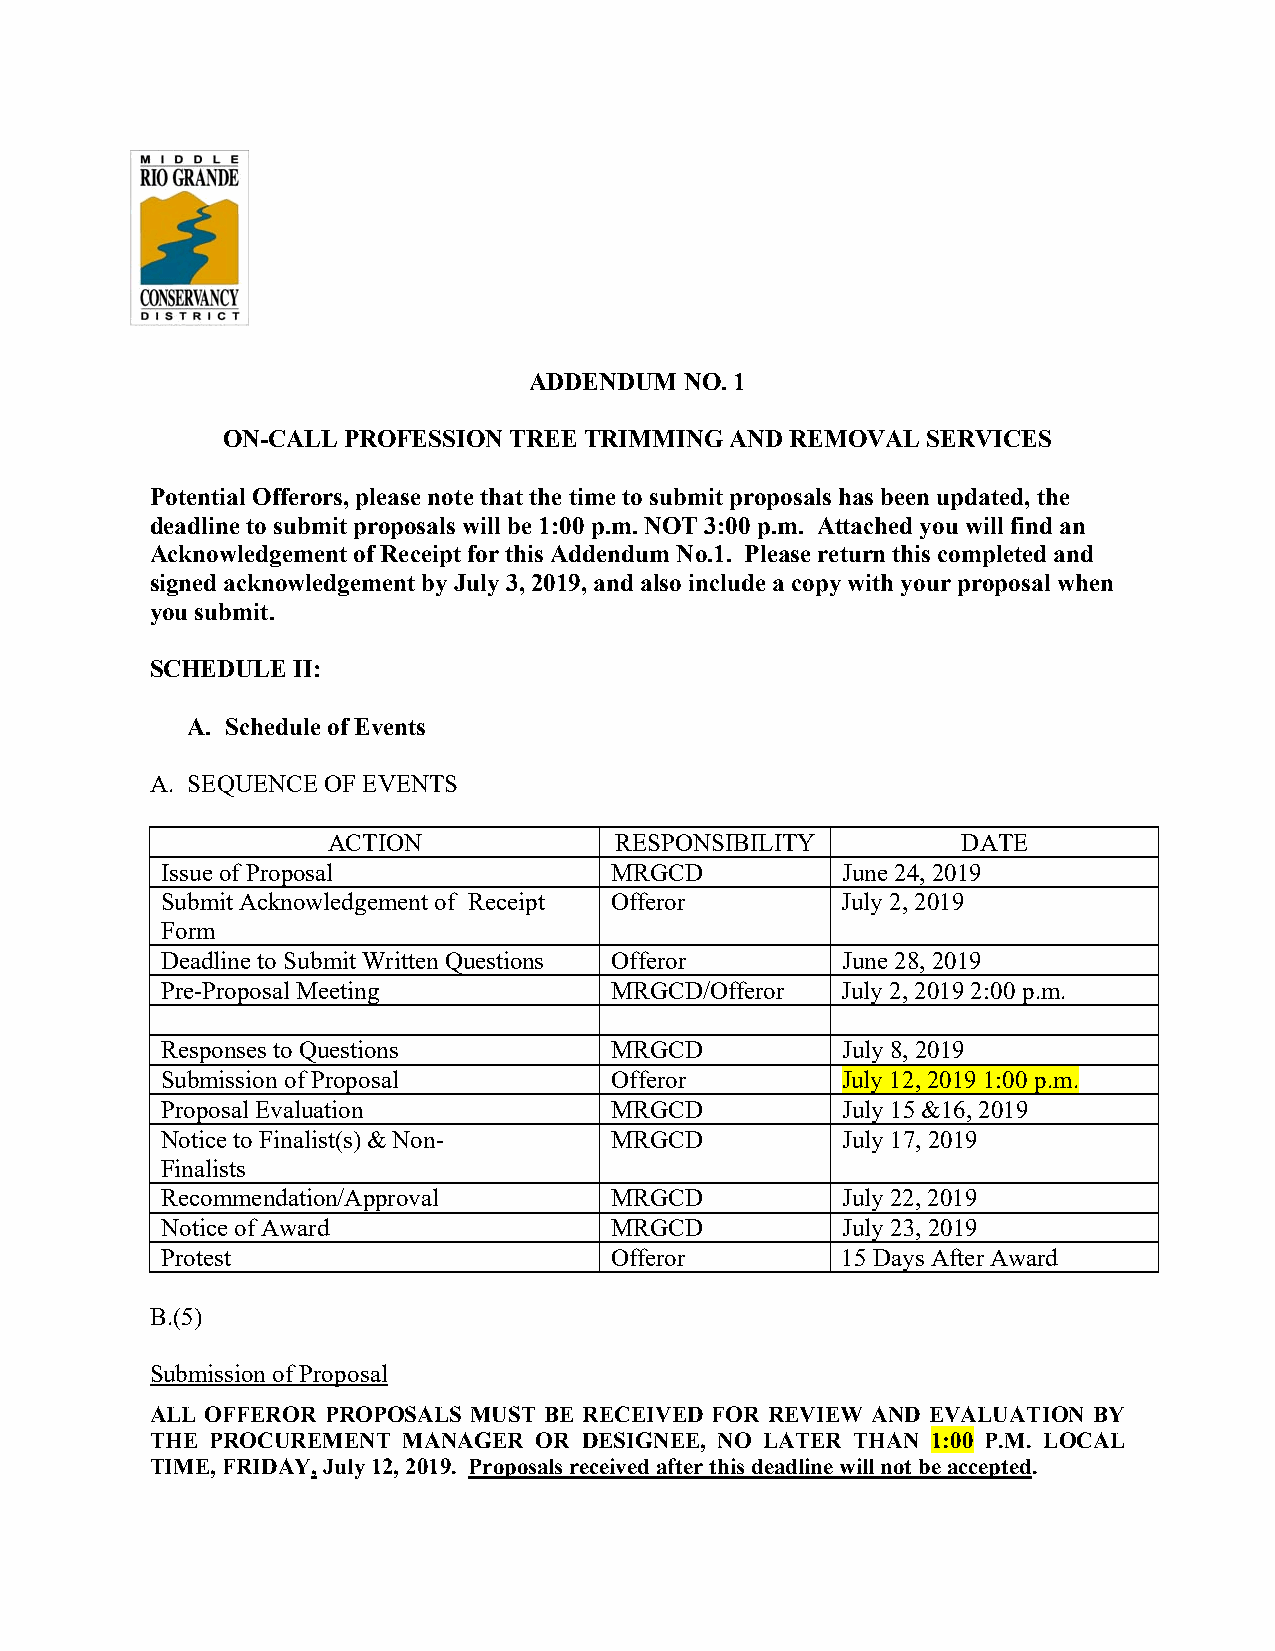
ADDENDUM  NO. 1
 ON-CALL PROFESSION TREE TRIMMING AND REMOVAL  SERVICES
 Potential Offerors, please note that the time to submit proposals has been updated, the
 deadline to submit proposals will be 1:00 p.m. NOT 3:00 p.m. Attached you will find an
 Acknowledgement of Receipt for this Addendum No.1. Please return this completed and
 signed acknowledgement by July 3, 2019, and also include a copy with your proposal when
 you submit.
 SCHEDULE II:
 A. Schedule of Events
 A. SEQUENCE OF EVENTS
 ACTION             RESPONSIBILITY         DATE
 Issue of Proposal            MRGCD           June 24, 2019
 Submit Acknowledgement of Receipt Offeror    July 2, 2019
 Form
 Deadline to Submit Written Questions Offeror June 28, 2019
 Pre-Proposal Meeting         MRGCD/Offeror   July 2, 2019 2:00 p.m.
 Responses to Questions       MRGCD           July 8, 2019
 Submission of Proposal       Offeror         July 12, 2019 1:00 p.m.
 Proposal Evaluation          MRGCD           July 15 &16, 2019
 Notice to Finalist(s) & Non- MRGCD           July 17, 2019
 Finalists
 Recommendation/Approval      MRGCD           July 22, 2019
 Notice of Award              MRGCD           July 23, 2019
 Protest                      Offeror         15 Days After Award
 B.(5)
 Submission of Proposal
 ALL OFFEROR PROPOSALS MUST BE RECEIVED FOR REVIEW AND EVALUATION BY
 THE PROCUREMENT  MANAGER OR  DESIGNEE, NO LATER THAN 1:00 P.M. LOCAL
 TIME, FRIDAY, July 12, 2019. Proposals received after this deadline will not be accepted.